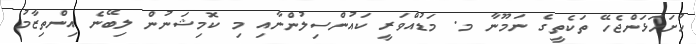
ހުށަހަޅަންޖެހޭ ތަކެތީގެ ނަމޫނާ މ. މަޑުއްވަރީ ކައުންސިލުންނާއި މި ކޮމިޝަނުން ލިބޭނެ އިންތިޒާމު